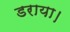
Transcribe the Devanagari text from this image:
डराया।